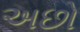
અછો